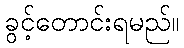
ခွင့်တောင်းရမည်။